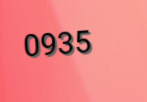
0935